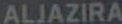
ALJAZIRA